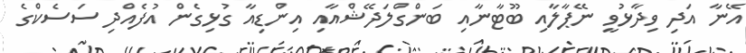
އޭނާ އަދި ވިދާޅުވީ ނޭޕާލާއި ބޫޓާނާއި ބަންގްލަދޭޝްއާއި އިންޑިއާ ގުޅިގެން އުފެއްދި ސަސެކްގެ